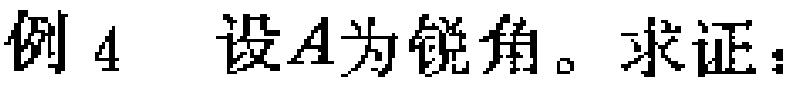
(一)分析——综合法